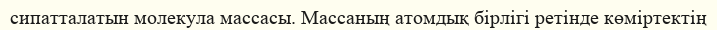
сипатталатын молекула массасы. Массаның атомдық бірлігі ретінде көміртектің